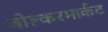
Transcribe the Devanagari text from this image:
वोल्करमार्कट